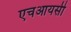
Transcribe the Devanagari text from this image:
एचआयसी